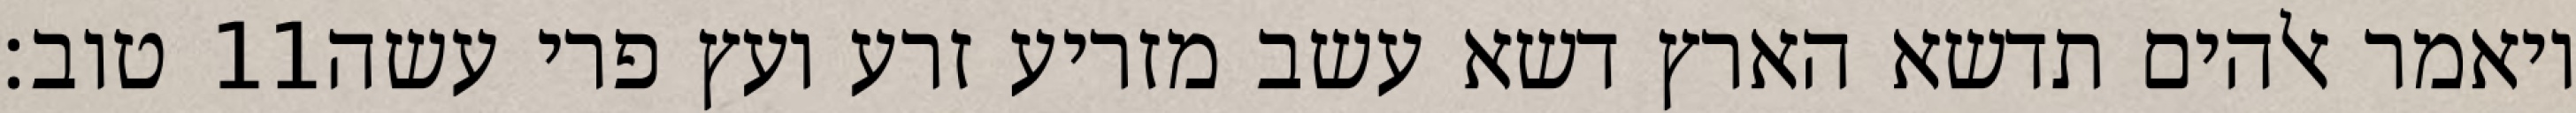
טוב׃ ‎11‏ ויאמר אלהים תדשא הארץ דשא עשב מזריע זרע ועץ פרי עשה